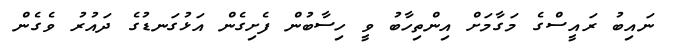
ނައިބު ރައީސްގެ މަގާމަށް އިންތިހާބު ވީ ހިސާބުން ފެށިގެން އަޅުގަނޑުގެ ދައުރު ވެގެން